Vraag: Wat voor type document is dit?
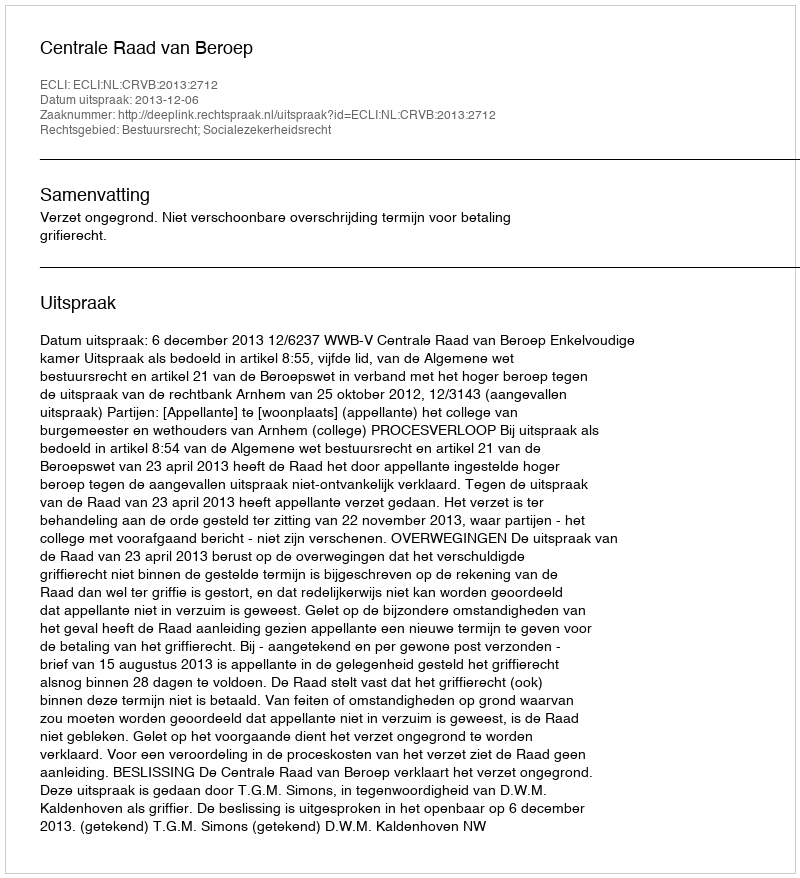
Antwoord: Uitspraak